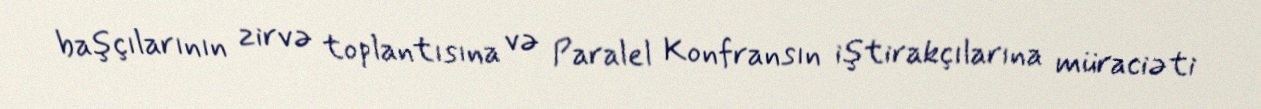
başçılarının zirvə toplantısına və Paralel Konfransın iştirakçılarına müraciəti